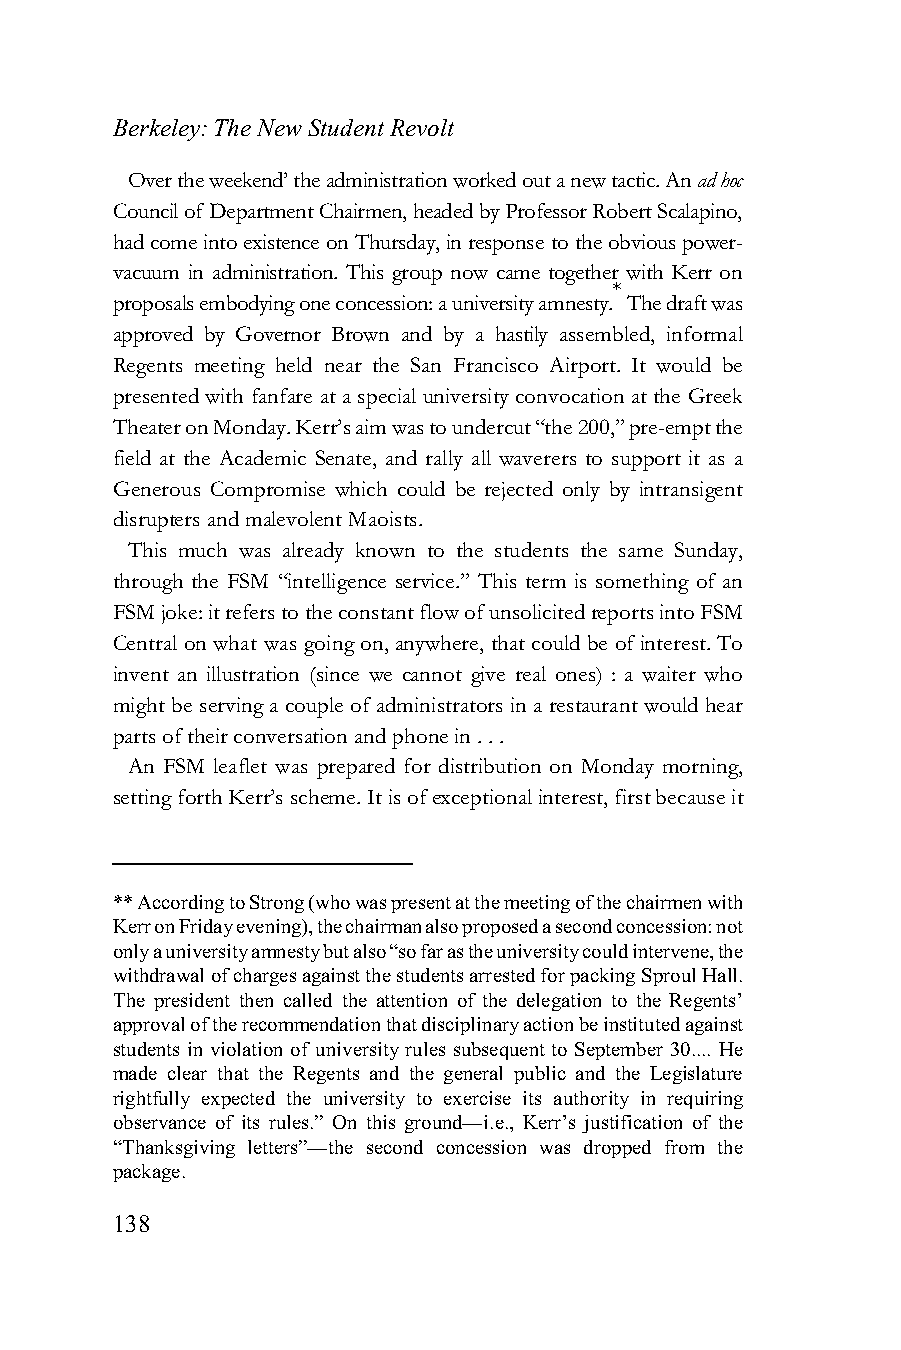
Berkeley: The New Student Revolt
 Over the weekend’ the administration worked out a new tactic. An ad hoc
 Council of Department Chairmen, headed by Professor Robert Scalapino,
 had come into existence on Thursday, in response to the obvious power-
 vacuum in administration. This group now came together with Kerr on
 *
 proposals embodying one concession: a university amnesty. The draft was
 approved by Governor Brown and by a hastily assembled, informal
 Regents meeting held near the San Francisco Airport. It would be
 presented with fanfare at a special university convocation at the Greek
 Theater on Monday. Kerr’s aim was to undercut “the 200,” pre-empt the
 field at the Academic Senate, and rally all waverers to support it as a
 Generous Compromise which could be rejected only by intransigent
 disrupters and malevolent Maoists.
 This much was already known to the students the same Sunday,
 through the FSM “intelligence service.” This term is something of an
 FSM joke: it refers to the constant flow of unsolicited reports into FSM
 Central on what was going on, anywhere, that could be of interest. To
 invent an illustration (since we cannot give real ones) : a waiter who
 might be serving a couple of administrators in a restaurant would hear
 parts of their conversation and phone in . . .
 An FSM leaflet was prepared for distribution on Monday morning,
 setting forth Kerr’s scheme. It is of exceptional interest, first because it
 ** According to Strong (who was present at the meeting of the chairmen with
 Kerr on Friday evening), the chairman also proposed a second concession: not
 only a university amnesty but also “so far as the university could intervene, the
 withdrawal of charges against the students arrested for packing Sproul Hall.
 The president then called the attention of the delegation to the Regents’
 approval of the recommendation that disciplinary action be instituted against
 students in violation of university rules subsequent to September 30.... He
 made clear that the Regents and the general public and the Legislature
 rightfully expected the university to exercise its authority in requiring
 observance of its rules.” On this ground—i.e., Kerr’s justification of the
 “Thanksgiving letters”—the second concession was dropped from the
 package.
 138